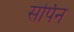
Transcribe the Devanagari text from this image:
सर्पिन